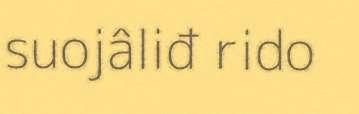
suojâliđ rido